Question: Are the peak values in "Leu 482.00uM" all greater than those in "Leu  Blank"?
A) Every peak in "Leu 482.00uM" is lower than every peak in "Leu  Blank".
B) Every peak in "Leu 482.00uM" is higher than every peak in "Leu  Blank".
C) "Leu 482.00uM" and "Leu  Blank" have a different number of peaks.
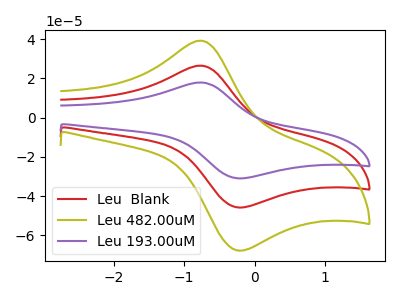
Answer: <think>The red curve "Leu  Blank" has an anodic peak at (-0.80V, 26.55uA) and a cathodic peak at (-0.25V, -45.70uA). The olive curve "Leu 482.00uM" has an anodic peak at (-0.80V, 39.25uA) and a cathodic peak at (-0.25V, -67.65uA). The purple curve "Leu 193.00uM" has an anodic peak at (-0.80V, 53.10uA) and a cathodic peak at (-0.25V, -91.40uA).</think>
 <answer>B) Every peak in "Leu 482.00uM" is higher than every peak in "Leu  Blank".</answer>
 <eval>B</eval>